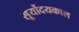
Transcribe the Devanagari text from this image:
सूर्योदयकाल